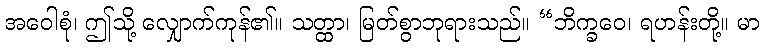
အဝေါစုံ၊ ဤသို့ လျှောက်ကုန်၏။ သတ္ထာ၊ မြတ်စွာဘုရားသည်။ “ဘိက္ခဝေ၊ ရဟန်းတို့။ မာ